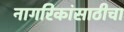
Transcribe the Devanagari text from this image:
नागरिकांसाठीचा